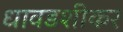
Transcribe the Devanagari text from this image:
धावडशीकर